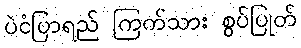
ပဲငံပြာရည် ကြက်သား စွပ်ပြုတ်